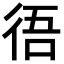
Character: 𢓲